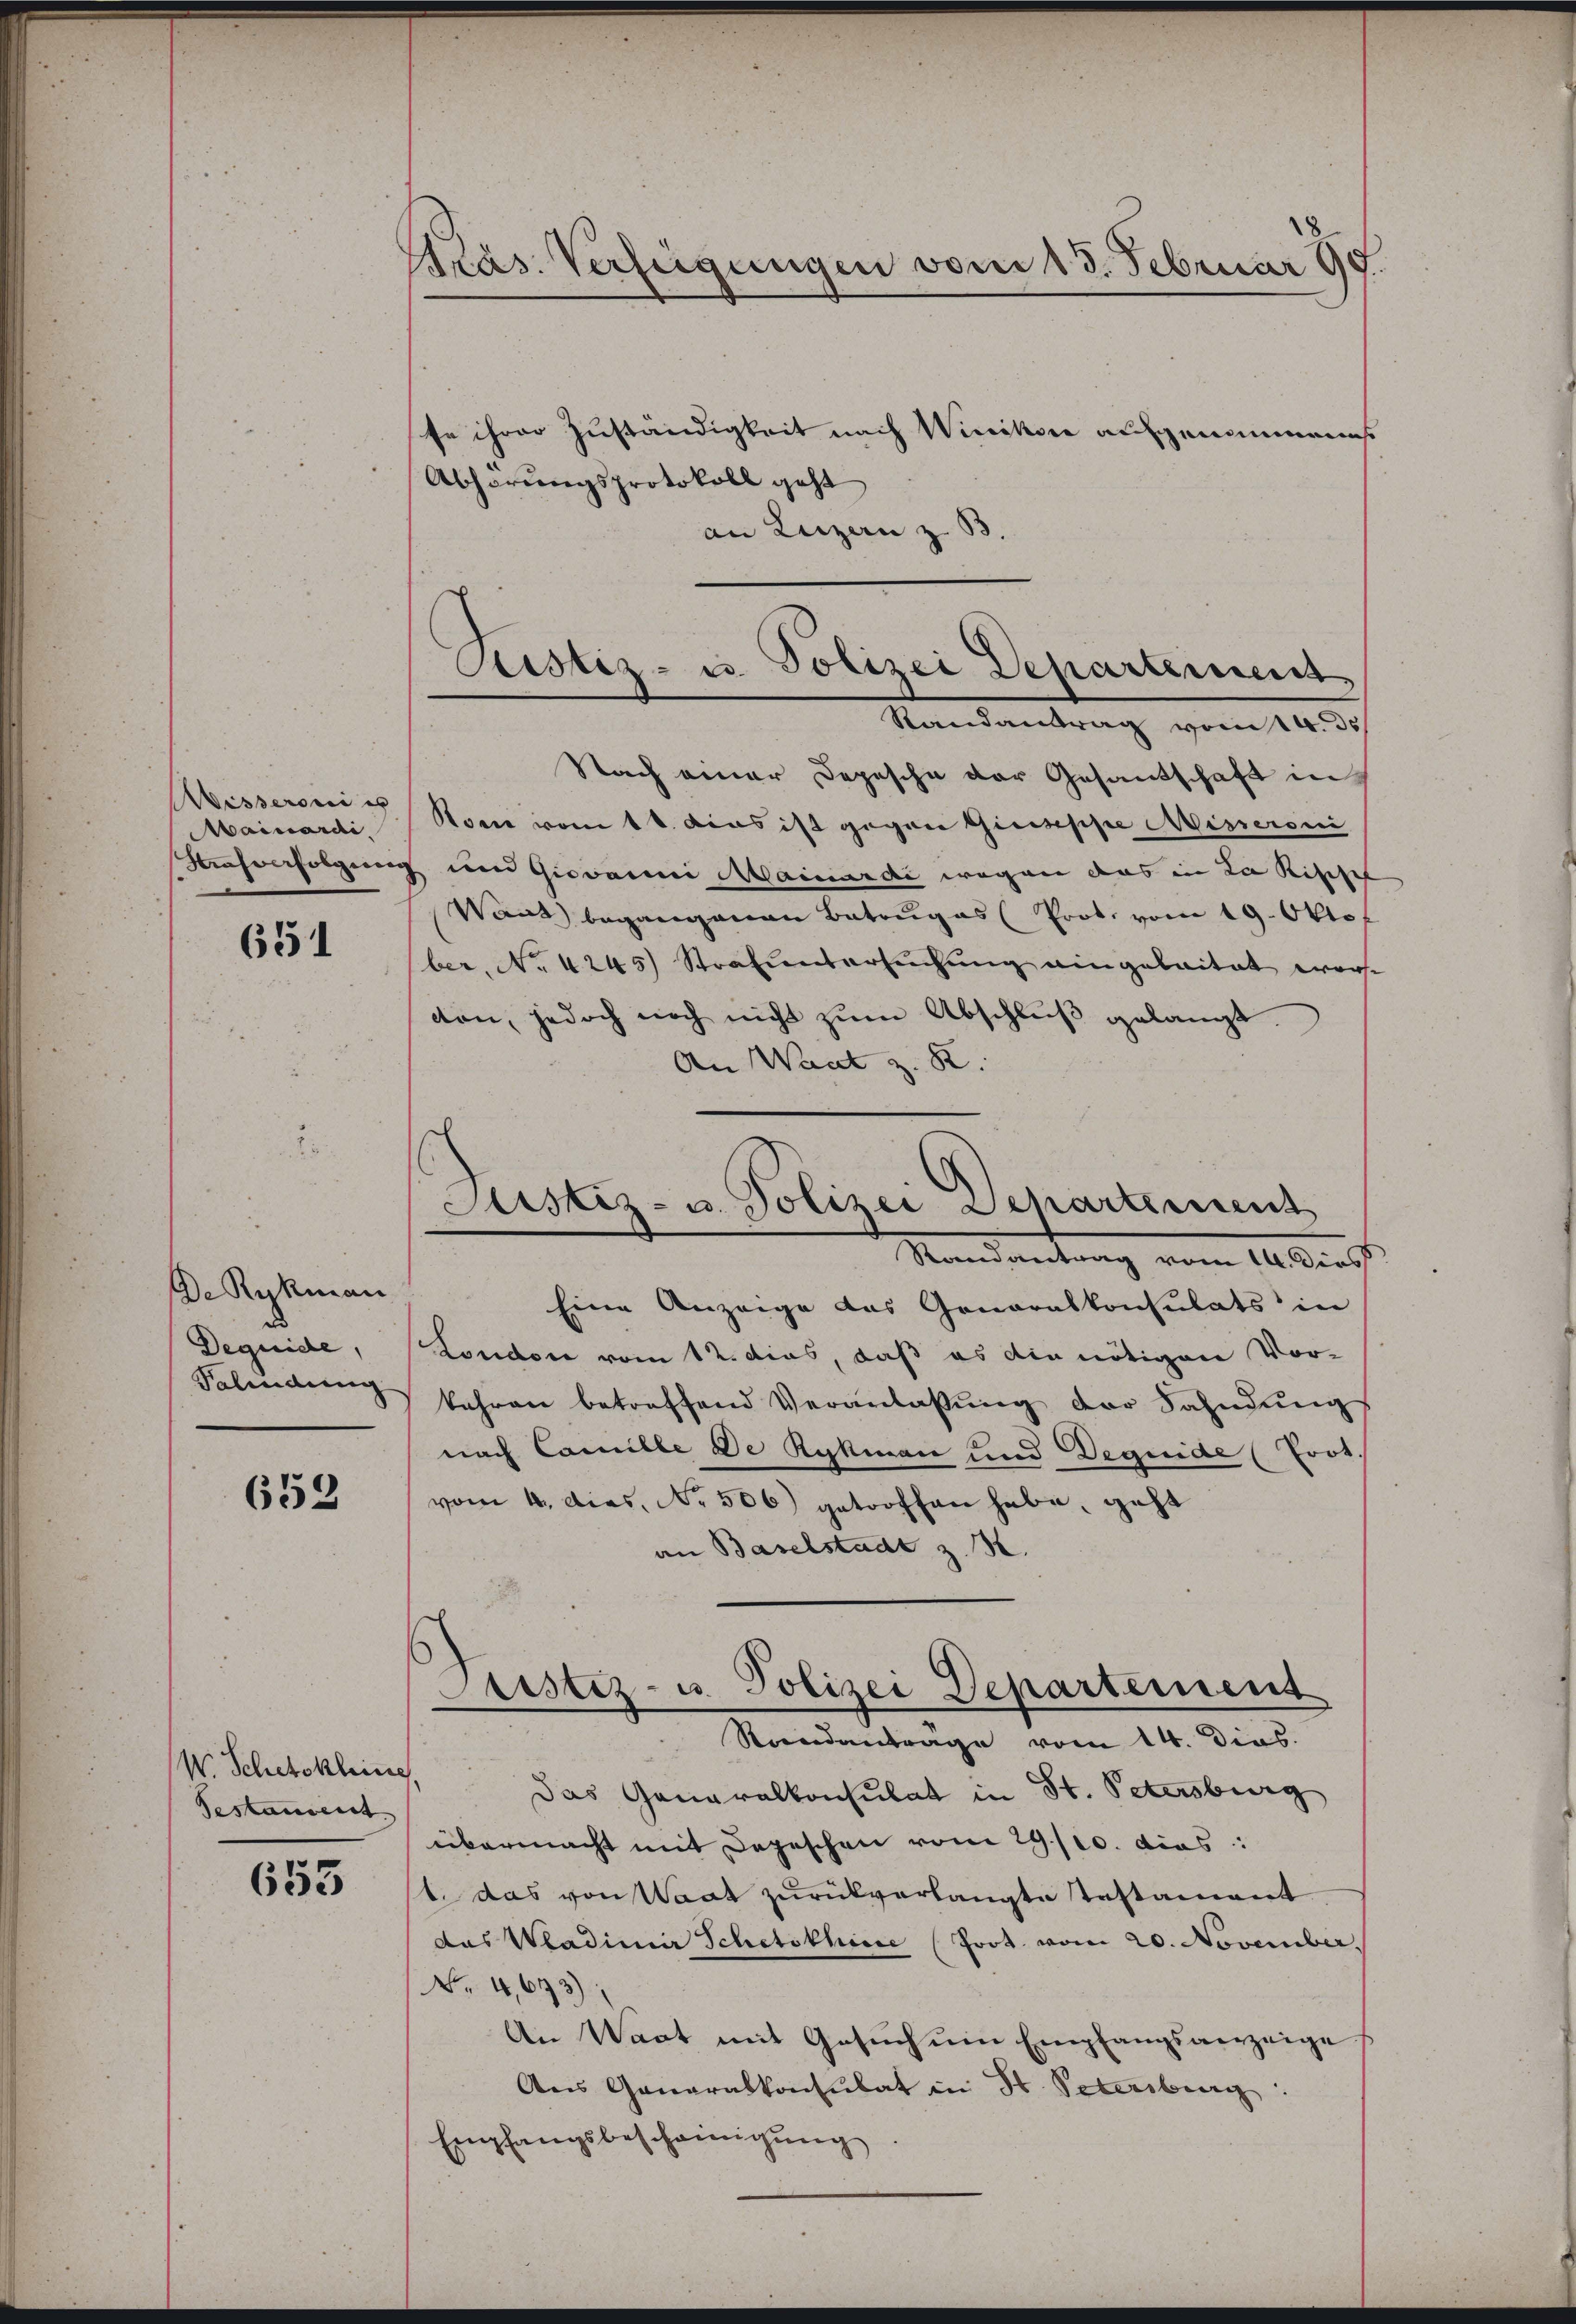
Wisseroni es
Mainardi,

651

De Rykman
Dequide,
Tabindung

658

W. Schetskleine,
Testament

653

Präs. Verfügungen vom 13. Februar 99.

fe ihrer Zuständigkeit nach Winikon aufgenommenes
Abhörungsprotokoll geht
an Luzern z. B
Randantrag vom 14. d.
Nach einer Depesche der Gesandschaft in
Kone vom 11. das ist gegen Giuseppe Misseroni
Nasverfolgung und Giovanni Mainardi wegen das in Lakisches
Want begangenen Betruges Prot. vom 19. Oktof
ber, No 4245) Strafuntersŭchŭng eingebaitat war.
ton, jedoch noch nicht zŭm Abschlŭβ gelangt.
An Want z. R.
Mandantrag vom 14. Manch
Eine Anzeige das Generalkonsulats in
Londore vom 12. dies, daß es die nötigen Vor-
bahren betreffend Veranlassung der Fahndungs
nach Camille De Rykman und Dequide (rot.
vom 4. dies. No. 506) getroffen habe, geht
an Baselstadt z. B.
Justiz- u. Polizei Departement
Rondanträge vom 14. Dies
Das Generalkonsulat in St. Petersburg
übermacht mit Depeschen vom 29./10. dies
t. das von Waat zurückverlangte Testament
das Wadimir Schetsthine (Prot. vom 20. November.
No. 4,693);
An Wact mit Gesŭch ŭm Empfangsanzeige
Aus Generalkonsulat in Hr. Petersburg
Empfangsbescheinigung

Pustiz- u. Polizei Departement

Justiz- u. Polizei Departement